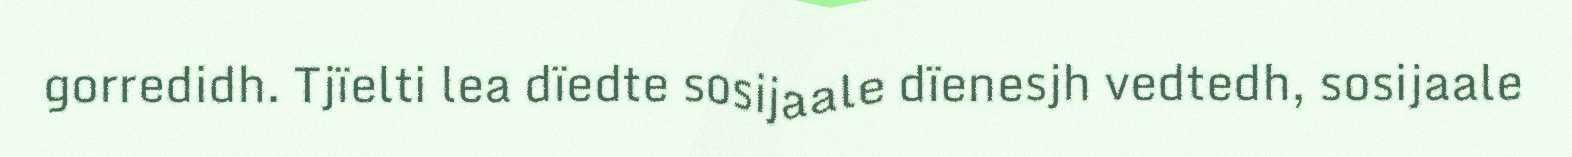
gorredidh. Tjïelti lea dïedte sosijaale dïenesjh vedtedh, sosijaale